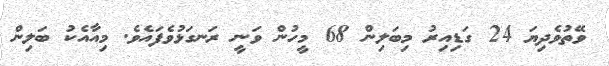
ވޭތުވެދިޔަ 24 ގަޑިއިރު މިބަލިން 68 މީހުން ވަނީ ރަނގަޅުވެފައެވެ. މިއާއެކު ބަލިން